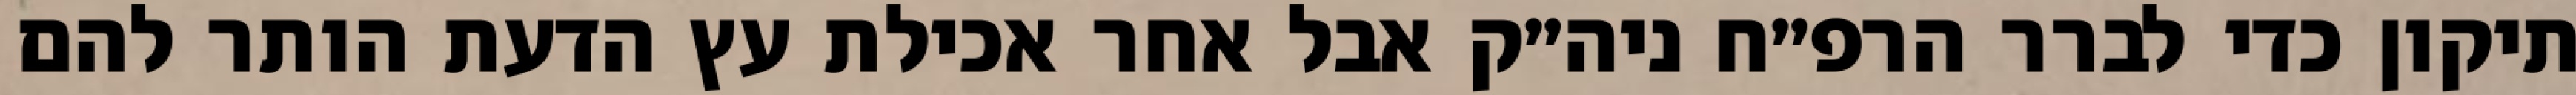
תיקון כדי לברר הרפ״ח ניה״ק אבל אחר אכילת עץ הדעת הותר להם